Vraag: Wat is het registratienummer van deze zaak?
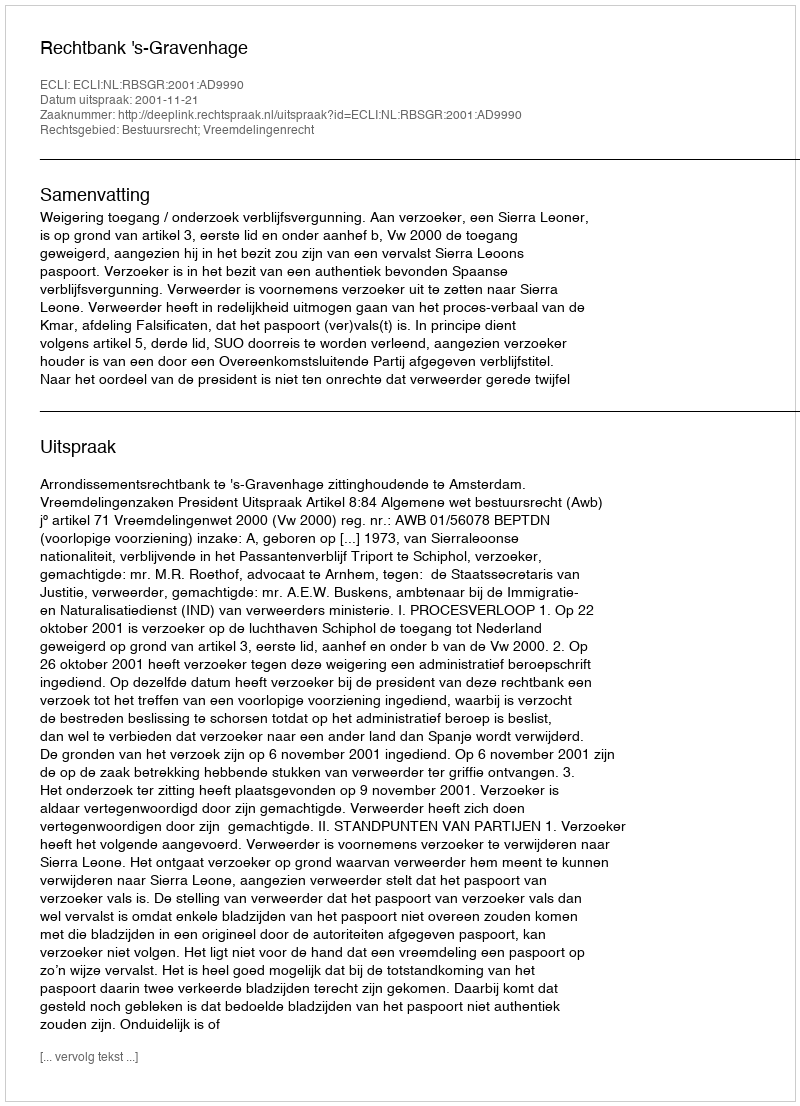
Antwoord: http://deeplink.rechtspraak.nl/uitspraak?id=ECLI:NL:RBSGR:2001:AD9990